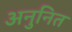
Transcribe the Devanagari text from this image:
अनुनित